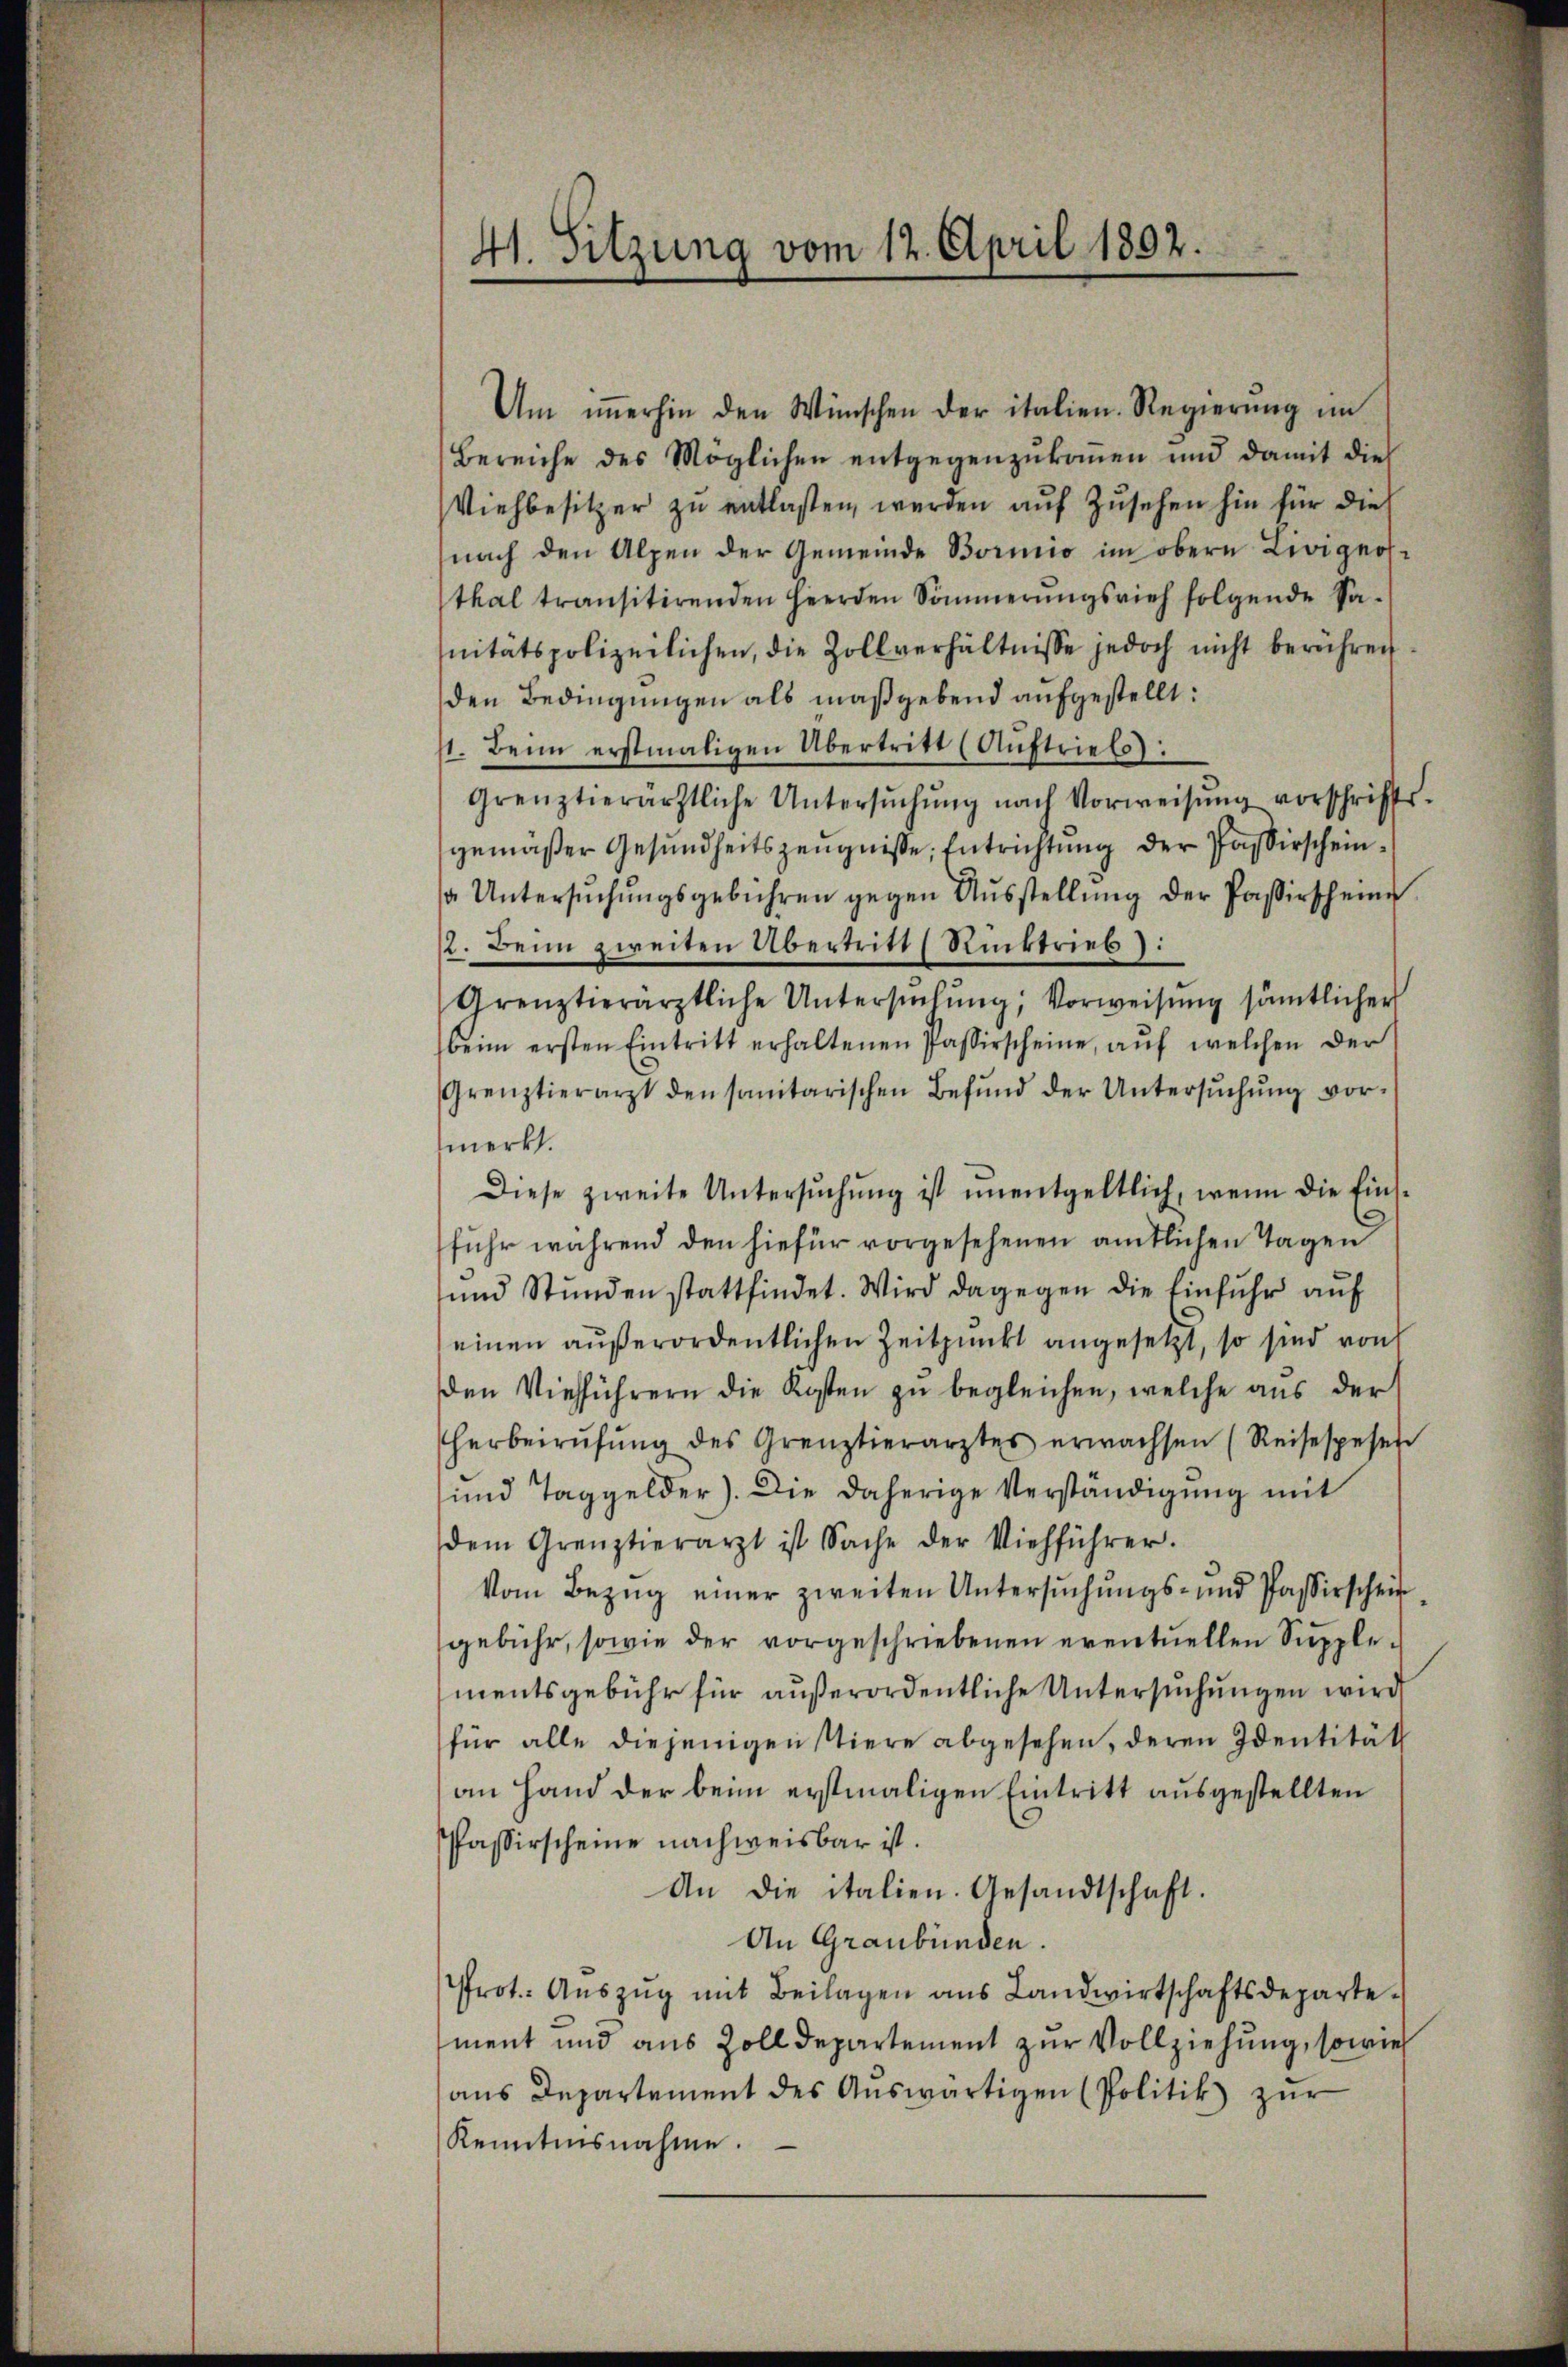
41. Sitzung vom 12. April 1892.
.

Um iṁerhin den Wünschen der italien. Regierŭng im
Bereiche des Möglichen entgegenzukommen und damit dies
Viehbesitzer zu entlassen werden auf Zusehen hin für die
nach den Alpen der Gemeinde Bormnio im obern Livignos-
thal transitirenden Heerden Sommerŭngsvieh folgende Sa-
nitätspolizeilichen, die Zollverhältnisse jedoch nicht berühren
den Bedingungen als maßgebend aufgestellt:
st. Beim erstmaligen Übertritt (Auftriebe:
grenztierärztliche Untersŭchŭng nach Vorweisŭng vorschrifts-
gemäßer Gesundheitszeugnisse, Entrichtung der Passirscheina. Untersŭchŭngsgebühren gegen Aŭsstellŭng der Passirscheine
/2. Beim zweiten Übertritt Rücktrieb:
Grenztierärztliche Untersŭchŭng, Vorweisŭng sämtlicher
beim ersten Eintritt erhaltenen Passerscheine, aŭf welchen der
Grenztierarzt den sanitarischen Befŭnd der Untersŭchŭng vor-
merkt.
Diese zweite Untersŭchŭng ist ŭnentgeltlich, wenn die Eins-
fuhr während den hiefür vorgesehenen amtlichen Tagen
und Stunden stattfindet. Wird dagegen die Einfuhr auf
einen außerordentlichen Zeitpunkt angesetzt, so sind von
den Viehführern die Kosten zu begleichen, welche aus der
herbeirŭfŭng des Grenztierarztes erwachsen (Reisespesen
und Taggelder). Die daherige Verständigung mit
dem Grenztierarzt ist Sache der Viehführer.
Vom Bezŭg einer zweiten Untersŭchŭngs- und Passirschein
gebühr, sowie der vorgeschriebenen eventuellen Supplementsgebühr für außerordentliche Untersuchungen wird
für alle diejenigen stiere abgesehen, deren Identität
an Hand der beim erstmaligen Eintritt ausgestellten
Passirscheine nachweisbar ist.
An die italien. Gesandtschaft.
An Graubünden.
Prot. Aŭszŭg mit Beilagen ans Landwirtschaftsdeparte.
ment und aus Zolldepartement zur Vollziehung, sowie
ans Departement des Aŭswärtigen (Politik zur
Kenntnisnahme.